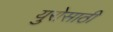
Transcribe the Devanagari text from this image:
युरोसाठी